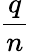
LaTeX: \frac{q}{n}